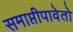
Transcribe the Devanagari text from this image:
समाप्तीपावेतो